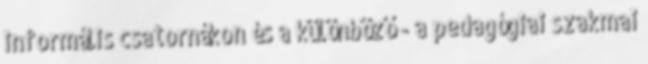
informális csatornákon és a különböző - a pedagógiai szakmai